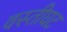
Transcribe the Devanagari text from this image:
वस्तीघट